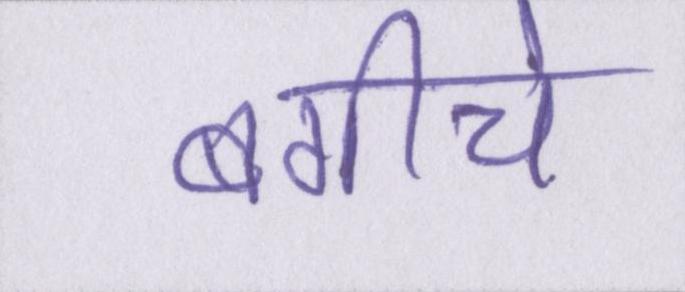
बगीचे